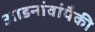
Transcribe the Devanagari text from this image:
आडनांवांपैकी